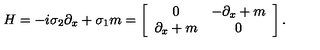
H = - i \sigma _ { 2 } \partial _ { x } + \sigma _ { 1 } m = \left[ \begin{array} { c c } { 0 } & { - \partial _ { x } + m } \\ { \partial _ { x } + m } & { 0 } \\ \end{array} \right] .